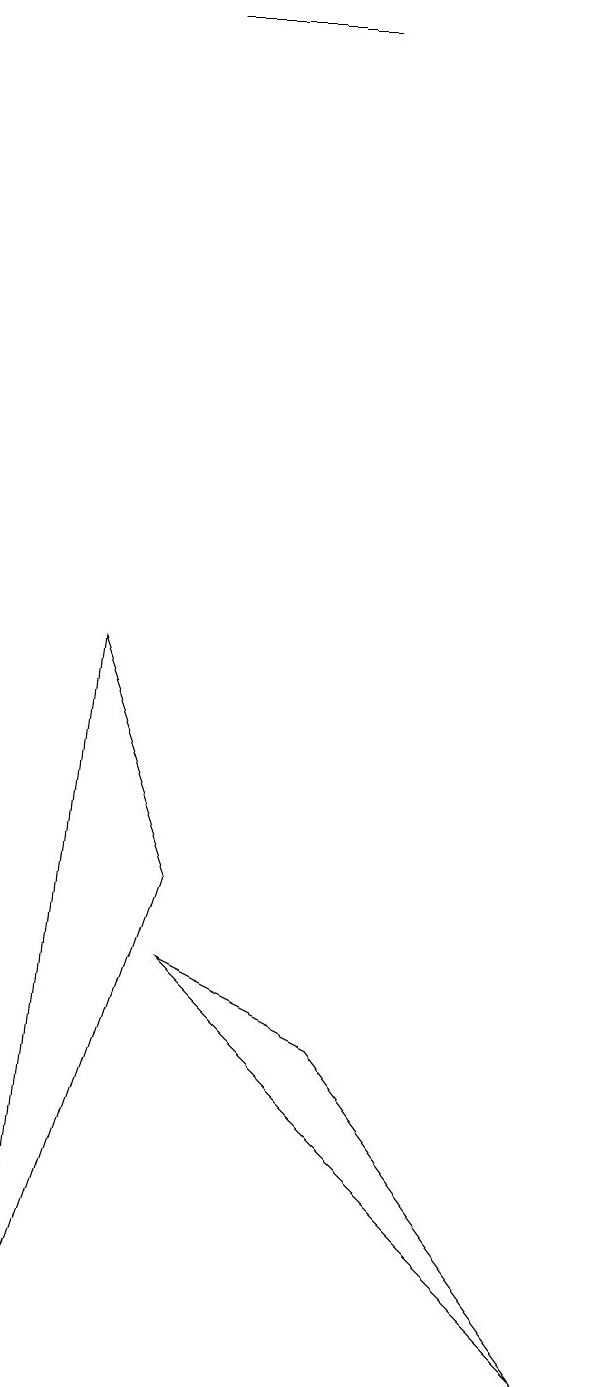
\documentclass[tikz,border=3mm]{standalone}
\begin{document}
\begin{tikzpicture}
\draw (5,17) rectangle (3,17);
\draw (5,4) -- (8,0) -- (3,5) -- cycle;
\draw (2,9) -- (1,0) -- (3,6) -- cycle;
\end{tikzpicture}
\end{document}